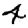
Digit: 4